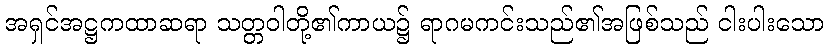
အရှင်အဋ္ဌကထာဆရာ သတ္တဝါတို့၏ကာယ၌ ရာဂမကင်းသည်၏အဖြစ်သည် ငါးပါးသော